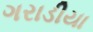
ગરાડીયા